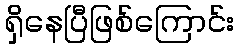
ရှိနေပြီဖြစ်ကြောင်း